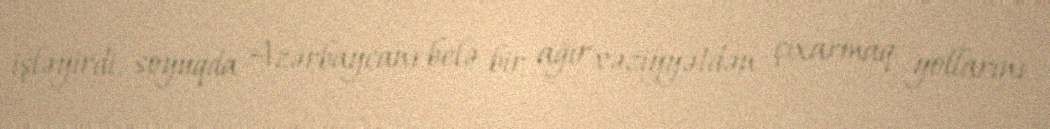
işləyirdi, soyuqda Azərbaycanı belə bir ağır vəziyyətdən çıxarmaq yollarını